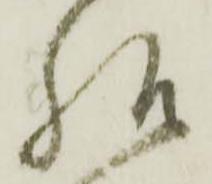
様